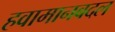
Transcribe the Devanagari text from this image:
हवामानबदल